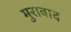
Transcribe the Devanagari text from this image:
मुराबाद